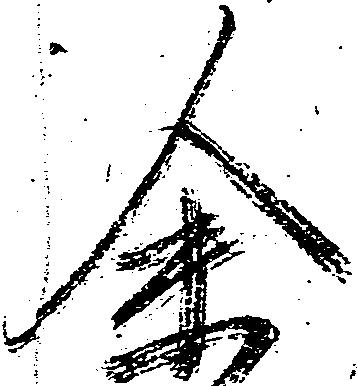
余